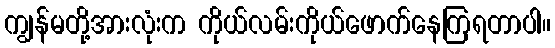
ကျွန်မတို့အားလုံးက ကိုယ်လမ်းကိုယ်ဖောက်နေကြရတာပါ။